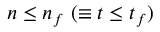
n \leq n _ { f } ~ ( \equiv t \leq t _ { f } )